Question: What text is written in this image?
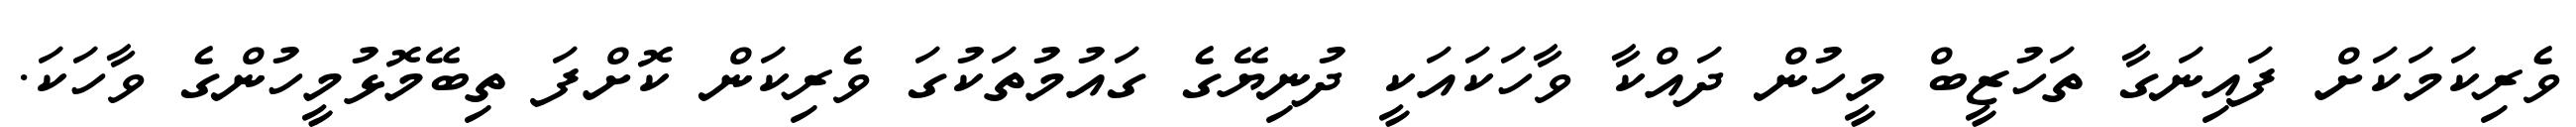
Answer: ވެރިކަމަކަށް ފައިނަގާ ތަހުޒީބް މީހުން ދައްކާ ވާހަކައަކީ ދުނިޔޭގެ ގައުމުތަކުގަ ވެރިކަން ކޮށްފަ ތިބޭމޮޅުމީހުންގެ ވާހަކަ.